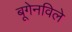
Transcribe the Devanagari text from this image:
बूगेनविले